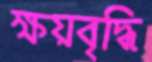
ক্ষয়বৃদ্ধি